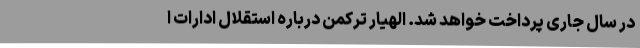
در سال جاری پرداخت خواهد شد. الهیار ترکمن درباره استقلال ادارات ا